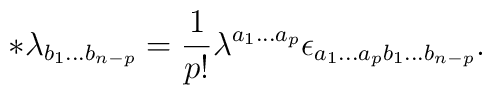
\ast \lambda _{b_1...b_{n-p}}=\frac 1{p!}\lambda ^{a_1...a_p}\epsilon_{a_1...a_pb_1...b_{n-p}}.